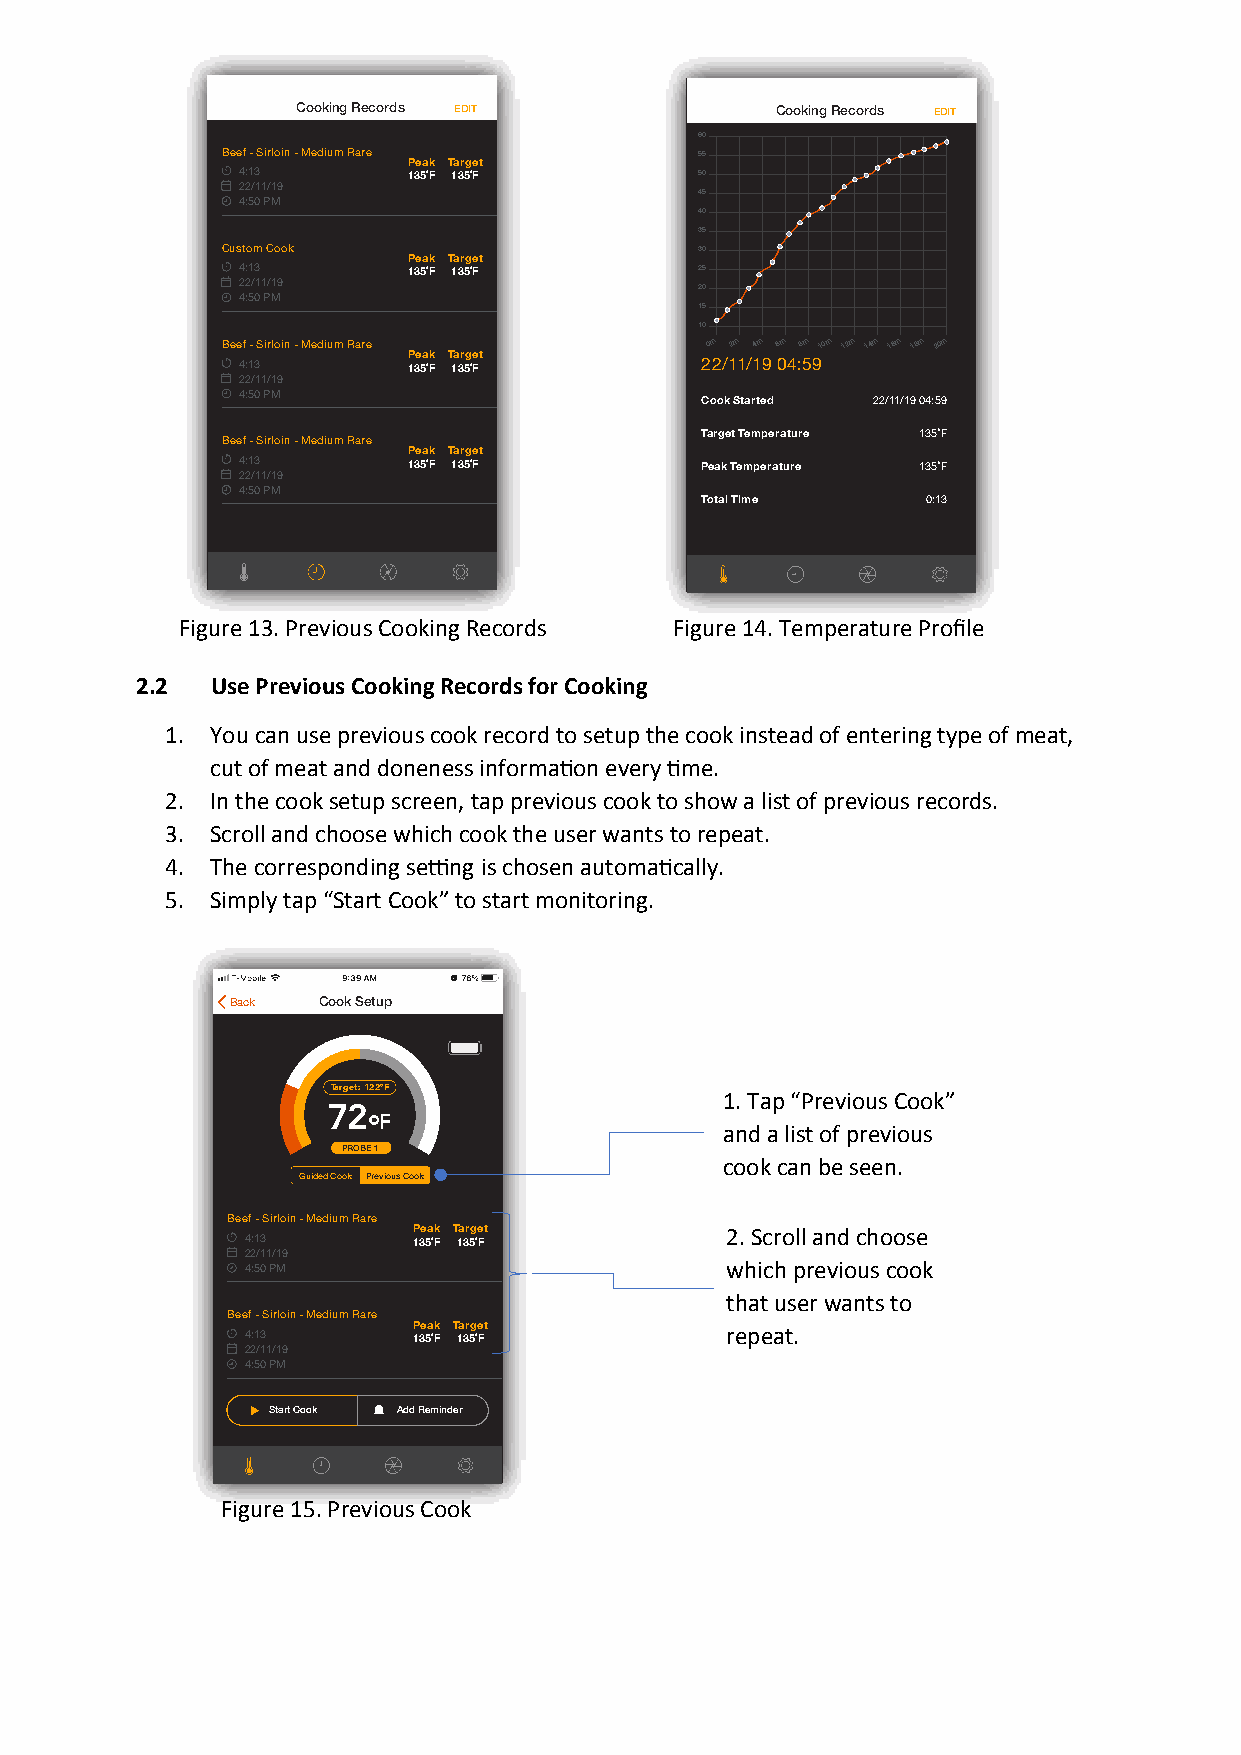
Cooking Records EDIT           Cooking Records EDIT
 60
 Beef - Sirloin - Medium Rare   55
 Peak Target
 4:13       135˚F 135˚F        50
 22/11/19                      45
 4:50 PM
 40
 35
 Custom Cook                    30
 Peak Target
 4:13       135˚F 135˚F        25
 22/11/19                      20
 4:50 PM
 15
 10
 Beef - Sirloin - Medium Rare    0m 2m 4m 6m 8m 10m 12m 14m 16m 18m 20m
 Peak Target
 4:13       135˚F 135˚F        22/11/19 04:59
 22/11/19
 4:50 PM
 Cook Started 22/11/19 04:59
 Target Temperature 135˚F
 Beef - Sirloin - Medium Rare
 Peak Target
 4:13       135˚F 135˚F        Peak Temperature 135˚F
 22/11/19
 4:50 PM
 Total Time     0:13
 Figure13.Previous CookingRecords Figure14.Temperature Profile
 2.2  Use Previous Cooking Records for Cooking
 1. Youcan use previous cook record to setup the cook instead of entering type of meat,
 cut of meat and doneness information every time.
 2. In the cook setup screen, tapprevious cook to show a list of previous records.
 3. Scroll and choose which cook the user wantsto repeat.
 4. The corresponding setting is chosen automatically.
 5. Simply tap“Start Cook” to start monitoring.
 Back  Cook Setup
 Target: 122°F             1. Tap“Previous Cook”
 72
 °F                      and a list of previous
 PROBE 1
 cook can be seen.
 Guided Cook Previous Cook
 Beef - Sirloin - Medium Rare
 Peak Target          2. Scroll and choose
 4:13       135˚F 135˚F
 22/11/19                        which previous cook
 4:50 PM
 that user wants to
 Beef - Sirloin - Medium Rare
 Peak Target          repeat.
 4:13       135˚F 135˚F
 22/11/19
 4:50 PM
 Start Cook Add Reminder
 Figure 15. Previous Cook